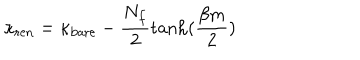
\kappa _ { \mathrm { r e n } } = \kappa _ { \mathrm { b a r e } } - \frac { N _ { f } } { 2 } \tanh ( \frac { \beta m } { 2 } )